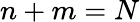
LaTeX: n+m=N